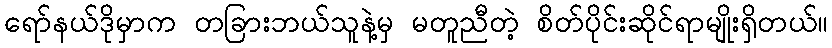
ရော်နယ်ဒိုမှာက တခြားဘယ်သူနဲ့မှ မတူညီတဲ့ စိတ်ပိုင်းဆိုင်ရာမျိုးရှိတယ်။